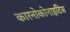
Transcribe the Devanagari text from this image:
कारनोकोनाइटिस